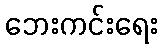
ဘေးကင်းရေး